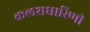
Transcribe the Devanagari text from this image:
कलशधारिणी